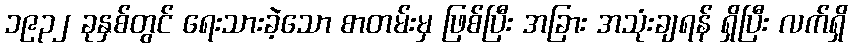
၁၉၃၂ ခုနှစ်တွင် ရေးသားခဲ့သော စာတမ်းမှ ဖြစ်ပြီး အခြား အသုံးချရန် ရှိပြီး လက်ရှိ